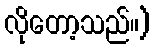
လိုတော့သည်။)